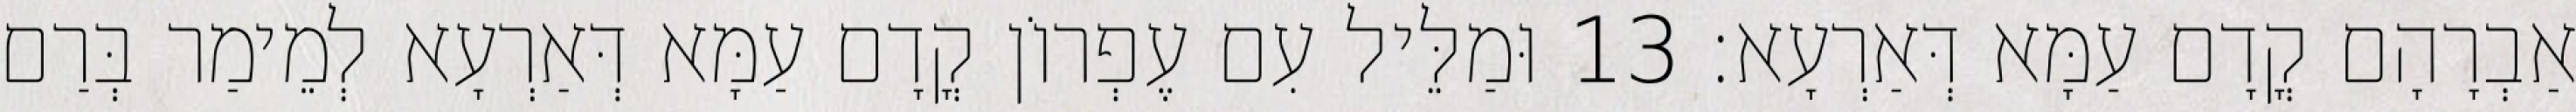
אַבְרָהָם קֳדָם עַמָּא דְּאַרְעָא׃ 13 וּמַלֵּיל עִם עֶפְרוֹן קֳדָם עַמָּא דְּאַרְעָא לְמֵימַר בְּרַם